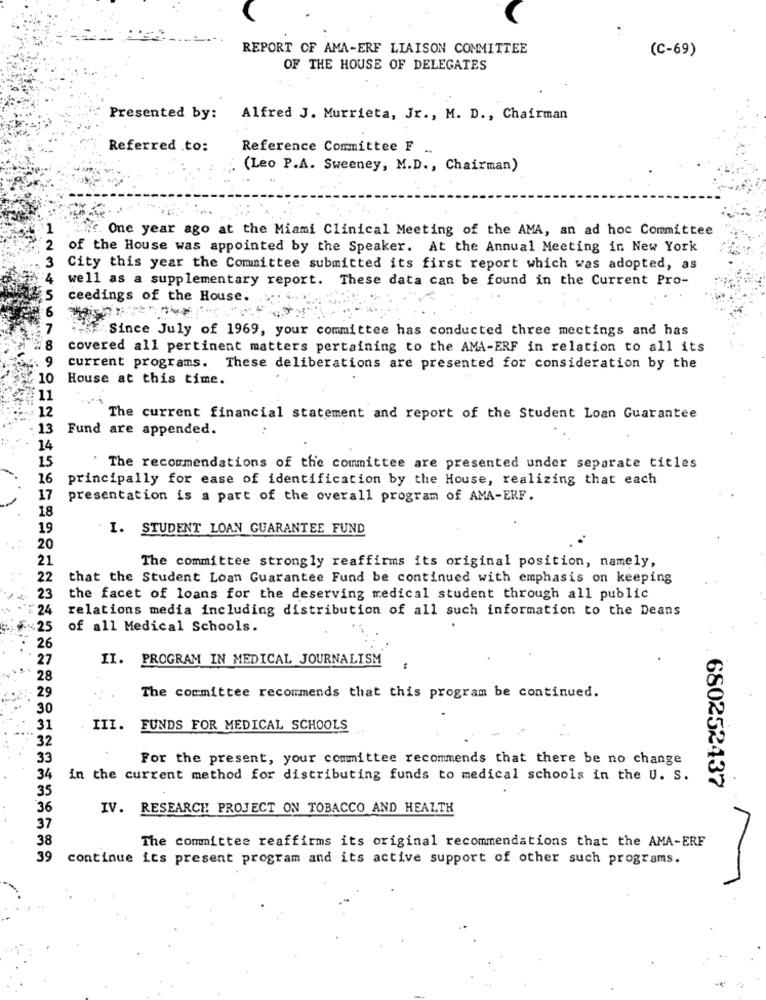
REPORT OF AMA-ERF LIAISON COMMITTEE
(C-69)
OF THE HOUSE OF DELEGATES
Presented by:
Alfred J. Murrieta, Jr ., M. D ., Chairman
Referred to:
Reference Committee F
(Leo P.A. Sweeney, M.D ., Chairman)
One year ago at the Miami Clinical Meeting of the AMA, an ad hoc Committee
2
of the House was appointed by the Speaker. At the Annual Meeting in New York
City this year the Committee submitted its first report which was adopted, as
well as a supplementary report. These data can be found in the Current Pro-
ceedings of the House.
: 7
Since July of 1969, your committee has conducted three meetings and has
covered all pertinent matters pertaining to the AMA-ERF in relation to all its
9
current programs. These deliberations are presented for consideration by the
10
House at this time.
11
12
The current financial statement and report of the Student Loan Guarantee
13
Fund are appended.
14
15
The recommendations of the committee are presented under separate titles
16
principally for ease of identification by the House, realizing that each
17
presentation is a part of the overall program of AMA-ERF.
18
19
I. STUDENT LOAN GUARANTEE FUND
20
21
The committee strongly reaffirms its original position, namely,
22
that the Student Loan Guarantee Fund be continued with emphasis on keeping
23
the facet of loans for the deserving medical student through all public
24
relations media including distribution of all such information to the Deans
:25
of all Medical Schools.
26
27
II. PROGRAM IN MEDICAL JOURNALISM
28
29
The committee recommends that this program be continued.
30
31
III.
FUNDS FOR MEDICAL SCHOOLS
32
33
For the present, your committee recommends that there be no change
34
in the current method for distributing funds to medical schools in the U. S.
35
680252437
36
IV. RESEARCH PROJECT ON TOBACCO AND HEALTH
37
38
The committee reaffirms its original recommendations that the AMA-ERF
39
continue its present program and its active support of other such programs.